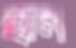
হান